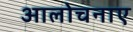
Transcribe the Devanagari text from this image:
आलोचनाए